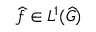
{ \widehat { f } } \in L ^ { 1 } ( { \widehat { G } } )